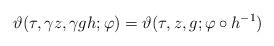
LaTeX: \begin{align*}\vartheta( \tau , \gamma z,\gamma g h ; \varphi ) = \vartheta(\tau , z,g ; \varphi \circ h^{-1} )\end{align*}